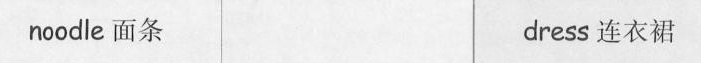
noodle 面条 dress 连衣裙